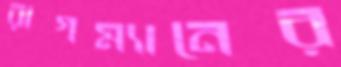
রাগম্যানের